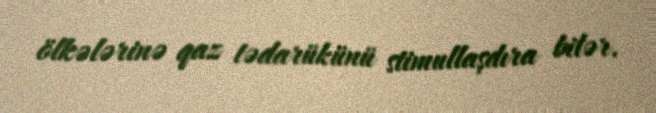
ölkələrinə qaz tədarükünü stimullaşdıra bilər.